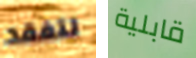
لتفقد قابلية